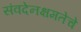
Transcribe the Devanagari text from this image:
संवदेनक्षमतेचे